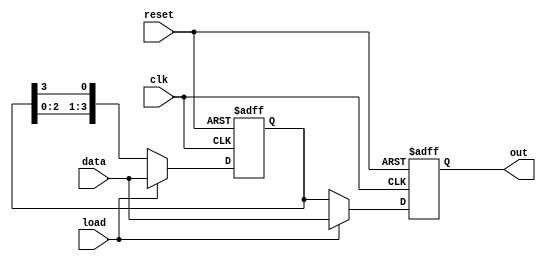
module LoadableRingCounter #(
    parameter WIDTH = 4  // Number of flip-flops (counter width)
)(
    input wire clk,               // Clock signal
    input wire reset,             // Reset signal
    input wire load,              // Load signal
    input wire [WIDTH-1:0] data,  // Data input for loading
    output reg [WIDTH-1:0] out    // Output of the ring counter
);

    // Internal register for the ring counter
    reg [WIDTH-1:0] ring_counter;

    always @(posedge clk or posedge reset) begin
        if (reset) begin
            // Reset all flip-flops to 0
            ring_counter <= {WIDTH{1'b0}};
            out <= {WIDTH{1'b0}};
        end else if (load) begin
            // Load the specified value into the counter
            ring_counter <= data;
            out <= data;
        end else begin
            // Ring counter operation: Shift the '1' (or '0') through the counter
            ring_counter <= {ring_counter[WIDTH-2:0], ring_counter[WIDTH-1]};
            out <= ring_counter;
        end
    end

endmodule